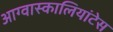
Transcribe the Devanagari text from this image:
आग्वास्कालियांटेस